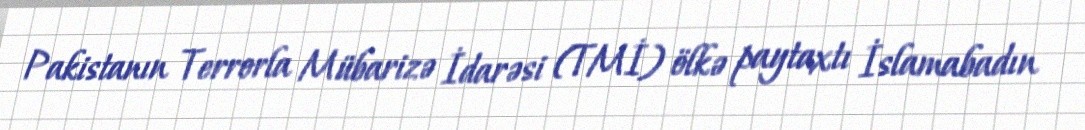
Pakistanın Terrorla Mübarizə İdarəsi (TMİ) ölkə paytaxtı İslamabadın